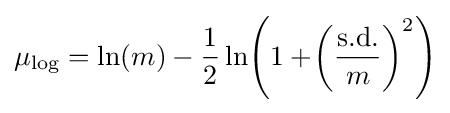
\mu _{\log }=\ln(m)-{\frac {1}{2}}\ln \!\left(1+\!\left({\frac {\text{s.d.}}{m}}\right)^{2}\right)